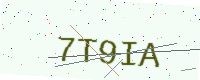
Text: 7T9IA